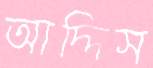
আদ্দিস